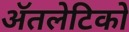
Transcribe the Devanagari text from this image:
ॲतलेटिको